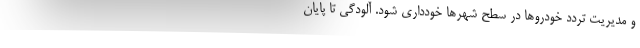
و مدیریت تردد خودرو‌ها در سطح شهر‌ها خودداری شود. آلودگی تا پایان